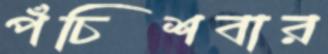
পঁচিশবার